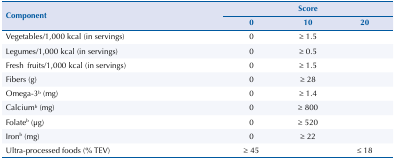
<table><thead><tr><td rowspan="2"><b>Component</b></td><td colspan="3"><b>Score</b></td></tr><tr><td><b>0</b></td><td><b>10</b></td><td><b>20</b></td></tr></thead><tbody><tr><td>Vegetables/1,000 kcal (in servings)</td><td>0</td><td>≥ 1.5</td><td></td></tr><tr><td>Legumes/1,000 kcal (in servings)</td><td>0</td><td>≥ 0.5</td><td></td></tr><tr><td>Fresh fruits/1,000 kcal (in servings)</td><td>0</td><td>≥ 1.5</td><td></td></tr><tr><td>Fibers (g)</td><td>0</td><td>≥ 28</td><td></td></tr><tr><td>Omega-3b (mg)</td><td>0</td><td>≥ 1.4</td><td></td></tr><tr><td>Calciumb (mg)</td><td>0</td><td>≥ 800</td><td></td></tr><tr><td>Folateb (μg)</td><td>0</td><td>≥ 520</td><td></td></tr><tr><td>Ironb (mg)</td><td>0</td><td>≥ 22</td><td></td></tr><tr><td>Ultra-processed foods (% TEV)</td><td>≥ 45</td><td></td><td>≤ 18</td></tr></tbody></table>